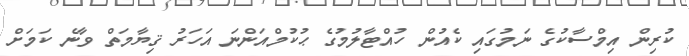
ކުރިން އިމްސާކުގެ ނަމުގައި ކެއުން ހުއްޓާލުމުގެ ޙުކުމްއަންނަ އަހަރު ޤިޔާމަތް ވާނެ ކަމަށް